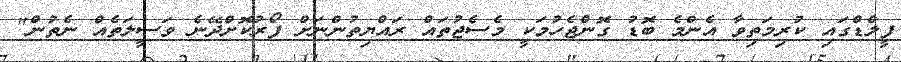
ފީލްޑްގައި ކުރިމަތިވާ އެންމެ ބޮޑު ގޮންޖެހުމަކީ މެސެޖުތައް ރައްޔިތުންނަށް ފޯރުކޮށްދޭނެ ވަސީލަތެއް ނެތުން"